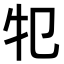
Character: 𤘕